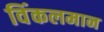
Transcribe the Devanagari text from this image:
विंकलमान